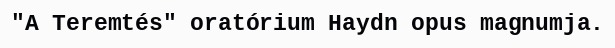
"A Teremtés" oratórium Haydn opus magnumja.